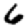
Digit: 6